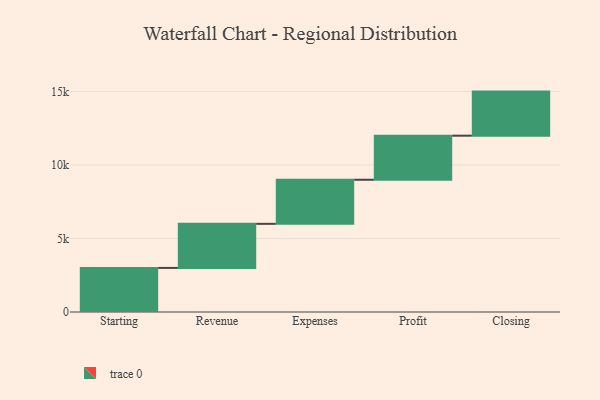
{"axis": {"x": "Step", "y": "Value"}, "legend": [""], "data": [{"x": "Starting", "y": 3000, "type": ""}, {"x": "Revenue", "y": 3000, "type": ""}, {"x": "Expenses", "y": 3000, "type": ""}, {"x": "Profit", "y": 3000, "type": ""}, {"x": "Closing", "y": 3000, "type": ""}]}